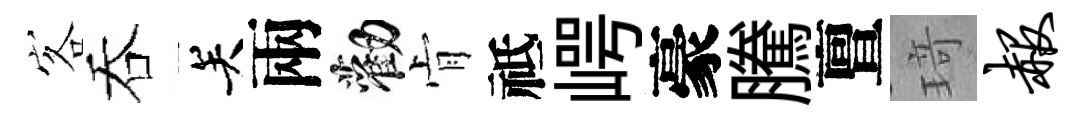
客吞关兩勸肻祗崿豪騰亶𤦺赧